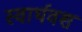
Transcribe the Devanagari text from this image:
स्वार्थवश